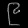
Digit: ၉